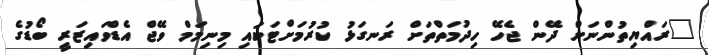
"ރައްޔިތުންނަށް ދޭން ޖެހޭ ހިދުމަތްތަށް ރަނގަޅު ކުރުމަށްޓަކައި މިނިމަމް ވޭޖް އެޑްވައިޒަރީ ބޯޑުގެ